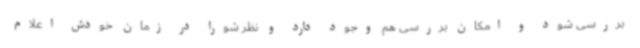
بررسی شود و امکان بررسی هم وجود دارد و نظر شورا در زمان خودش اعلام